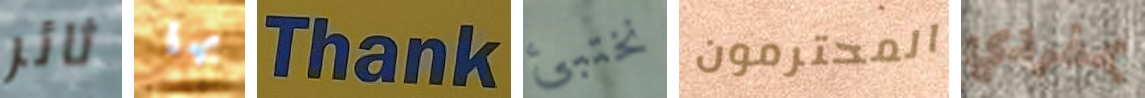
ثائر بها Thank نختبئ المحترمون بمفردي